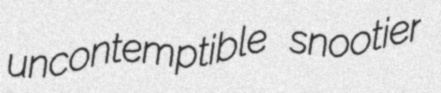
uncontemptible snootier